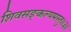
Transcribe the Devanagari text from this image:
शिवसङ्कल्पमस्तु॥३॥